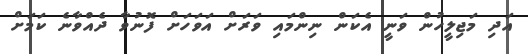
އަދި މަޖިލީހުން ވަނީ އެކަން ނިންމައި ވަރަށް އަވަހަށް ފޮނުވާ ދެއްވާނެ ކަމަށް